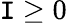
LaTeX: \mathtt{I}\ge0